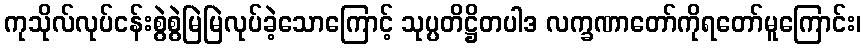
ကုသိုလ်လုပ်ငန်းစွဲစွဲမြဲမြဲလုပ်ခဲ့သောကြောင့် သုပ္ပတိဋ္ဌိတပါဒ လက္ခဏာတော်ကိုရတော်မူကြောင်း၊